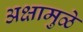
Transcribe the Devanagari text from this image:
अक्षामुळे